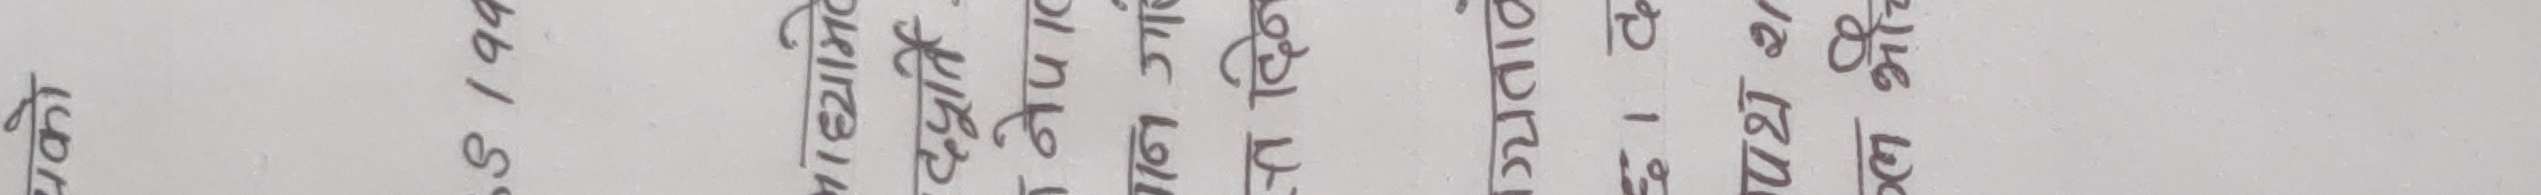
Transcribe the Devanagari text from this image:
को प्रति अ.न. १९६ अ.नं. १२३ मि.नं. २०५ अ.नं. २२२१ १३ अ.नं. २५